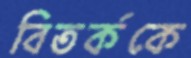
বিতর্ককে